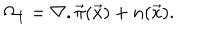
LaTeX: \Omega _ { 1 } = \nabla . \vec { \pi } ( \vec { x } ) + n ( \vec { x } ) .